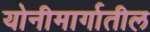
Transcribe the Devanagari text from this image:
योनीमार्गातील